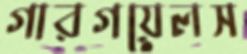
গারগয়েলস